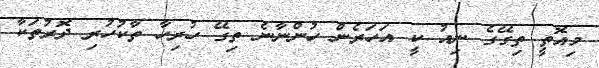
މިއޮތީ ތިގޭގެ ނިއު ކީ އަހަރެން ހުންނާނެ ތިގޭ ހުރިހާ ތާކުހުރި ދޮރުތަކާ